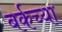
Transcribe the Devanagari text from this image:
बर्कच्या